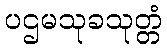
ပဌမသုခသုတ္တံ